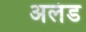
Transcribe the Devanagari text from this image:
अलंड